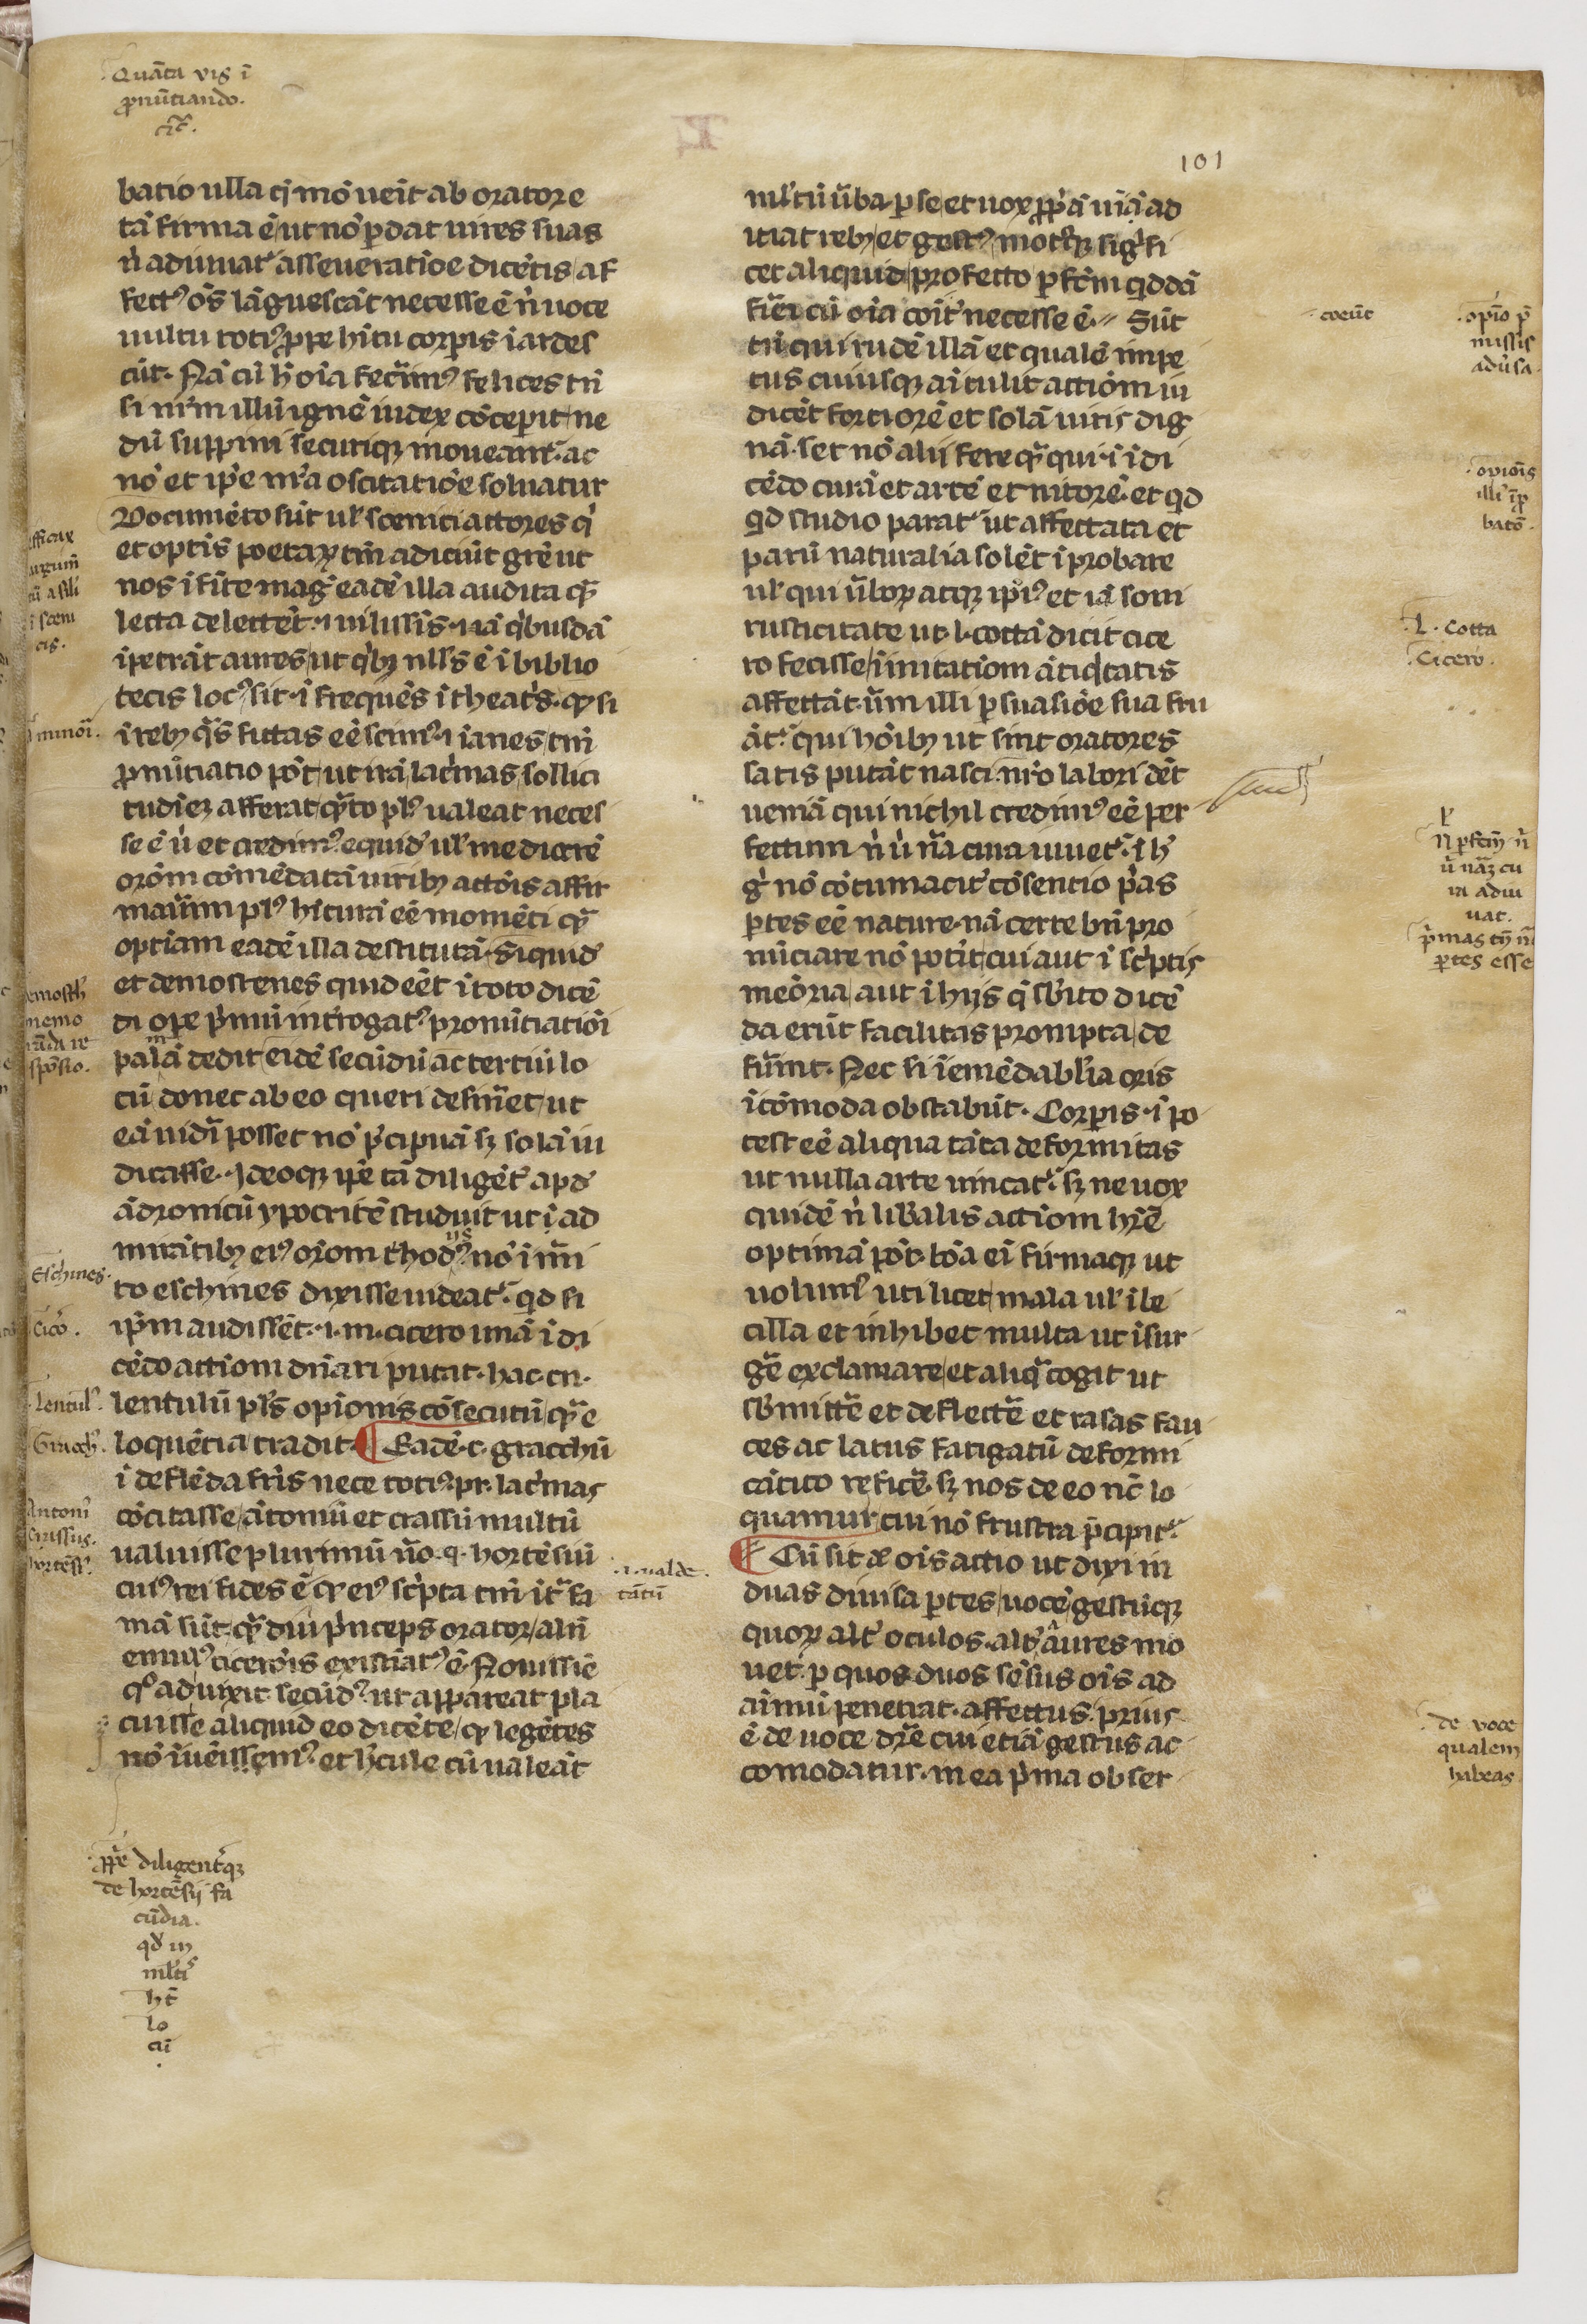
Shelfmark: Paris, BnF, lat. 7720
Century: 14